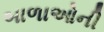
બાળાઓની